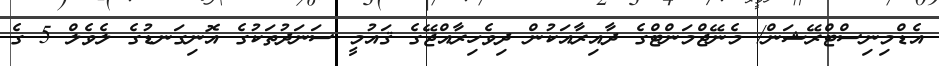
އެޑްމިނިސްޓްރޭޝަން/ މެނޭޖްމަންޓްގެ ދާއިރާއަކުން ދިވެހިރާއްޖޭގެ ޤައުމީ ސަނަދުތަކުގެ އޮނިގަނޑުގެ ލެވެލް 5 ގެ